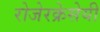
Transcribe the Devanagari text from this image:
रोजेरक्रेसेयी